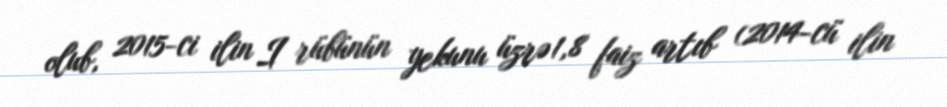
olub, 2015-ci ilin I rübünün yekunu üzrə 1,8 faiz artıb (2014-cü ilin